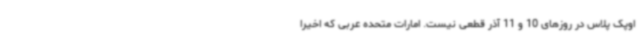
اوپک پلاس در روزهای 10 و 11 آذر قطعی نیست. امارات متحده عربی که اخیرا